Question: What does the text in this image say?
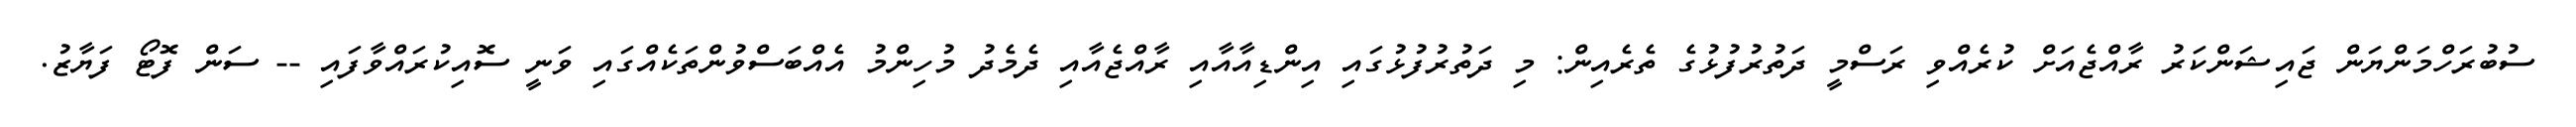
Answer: ސުބުރަހްމަންޔަން ޖައިޝަންކަރު ރާއްޖެއަށް ކުރެއްވި ރަސްމީ ދަތުރުފުޅުގެ ތެރެއިން: މި ދަތުރުފުޅުގައި އިންޑިއާއާއި ރާއްޖެއާއި ދެމެދު މުހިންމު އެއްބަސްވުންތަކެއްގައި ވަނީ ސޮއިކުރައްވާފައި -- ސަން ފޮޓޯ ފަޔާޒު.